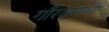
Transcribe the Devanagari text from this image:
गौरवगाथा